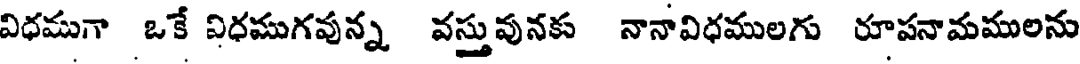
విధముగా ఒకే విధముగవున్న వస్తువునకు నానావిధములగు రూపనామములను